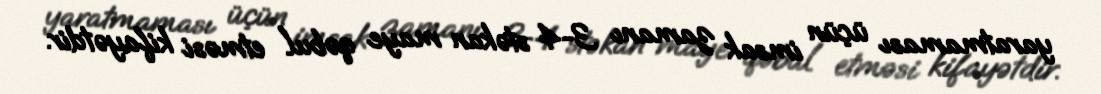
yaratmaması üçün imsak zamanı 3-4 stəkan maye qəbul etməsi kifayətdir.